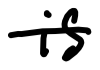
Text: is
Cross-out: single-line
Writing tool: digital_black